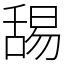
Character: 舓